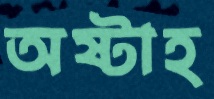
অষ্টাহ